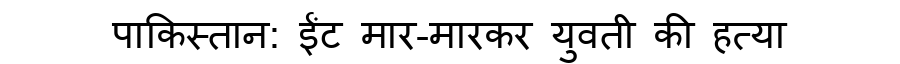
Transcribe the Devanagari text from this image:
पाकिस्तान: ईंट मार-मारकर युवती की हत्या